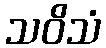
သဝိသံ